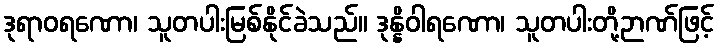
ဒုရာဝရဏော၊ သူတပါးမြစ်နိုင်ခဲသည်။ ဒုန္နိဝါရဏော၊ သူတပါးတို့ဉာဏ်ဖြင့်